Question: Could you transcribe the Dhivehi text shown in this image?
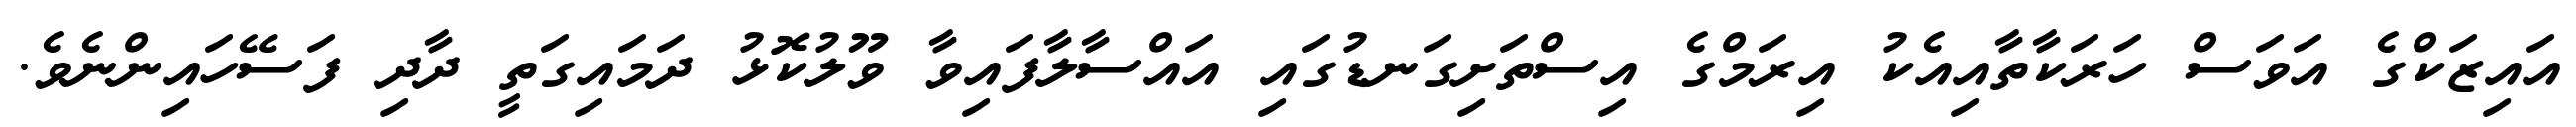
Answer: އައިޒަކްގެ އަވަސް ހަރަކާތާއިއެކު އިރަމްގެ އިސްތަށިގަނޑުގައި އައްސާލާފައިވާ ވޫލުކޮޅު ދަމައިގަތީ ދާދި ފަސޭހައިންނެވެ.